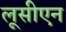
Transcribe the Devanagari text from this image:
लूसीएन